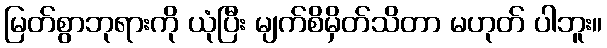
မြတ်စွာဘုရားကို ယုံပြီး မျက်စိမှိတ်သိတာ မဟုတ် ပါဘူး။